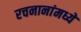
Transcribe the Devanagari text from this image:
रचनानांमध्ये